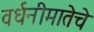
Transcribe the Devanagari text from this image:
वर्धनीमातेचे